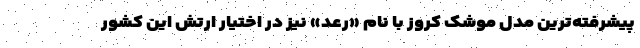
پیشرفته‌ترین مدل موشک کروز با نام «رعد» نیز در اختیار ارتش این کشور